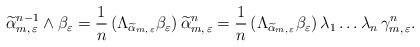
LaTeX: \begin{align*}\widetilde{\alpha}_{m,\,\varepsilon}^{n-1}\wedge\beta_{\varepsilon} = \frac{1}{n}\,(\Lambda_{\widetilde{\alpha}_{m,\,\varepsilon}}\beta_{\varepsilon})\,\widetilde{\alpha}_{m,\,\varepsilon}^n = \frac{1}{n}\,(\Lambda_{\widetilde{\alpha}_{m,\,\varepsilon}}\beta_{\varepsilon})\,\lambda_1\dots\lambda_n\,\gamma_{m,\,\varepsilon}^n.\end{align*}